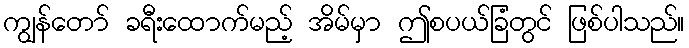
ကျွန်တော် ခရီးထောက်မည့် အိမ်မှာ ဤစပယ်ခြံတွင် ဖြစ်ပါသည်။